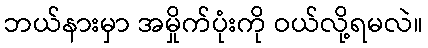
ဘယ်နားမှာ အမှိုက်ပုံးကို ဝယ်လို့ရမလဲ။